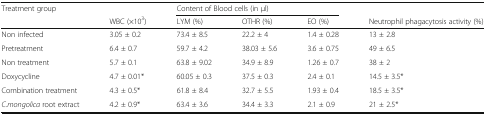
<table><thead><tr><td rowspan="2"><b>Treatment group</b></td><td></td><td colspan="3"><b>Content of Blood cells (in μl)</b></td><td></td></tr><tr><td><b>WBC (×10<sup>3</sup>)</b></td><td><b>LYM (%)</b></td><td><b>OTHR (%)</b></td><td><b>EO (%)</b></td><td><b>Neutrophil phagacytosis activity (%)</b></td></tr></thead><tbody><tr><td>Non infected</td><td>3.05 ± 0.2</td><td>73.4 ± 8.5</td><td>22.2 ± 4</td><td>1.4 ± 0.28</td><td>13 ± 2.8</td></tr><tr><td>Pretreatment</td><td>6.4 ± 0.7</td><td>59.7 ± 4.2</td><td>38.03 ± 5.6</td><td>3.6 ± 0.75</td><td>49 ± 6.5</td></tr><tr><td>Non treatment</td><td>5.7 ± 0.1</td><td>63.8 ± 9.02</td><td>34.9 ± 8.9</td><td>1.26 ± 0.7</td><td>38 ± 2</td></tr><tr><td>Doxycycline</td><td>4.7 ± 0.01*</td><td>60.05 ± 0.3</td><td>37.5 ± 0.3</td><td>2.4 ± 0.1</td><td>14.5 ± 3.5*</td></tr><tr><td>Combination treatment</td><td>4.3 ± 0.5*</td><td>61.8 ± 8.4</td><td>32.7 ± 5.5</td><td>1.93 ± 0.4</td><td>18.5 ± 3.5*</td></tr><tr><td><i>C.mongolica</i> root extract</td><td>4.2 ± 0.9*</td><td>63.4 ± 3.6</td><td>34.4 ± 3.3</td><td>2.1 ± 0.9</td><td>21 ± 2.5*</td></tr></tbody></table>